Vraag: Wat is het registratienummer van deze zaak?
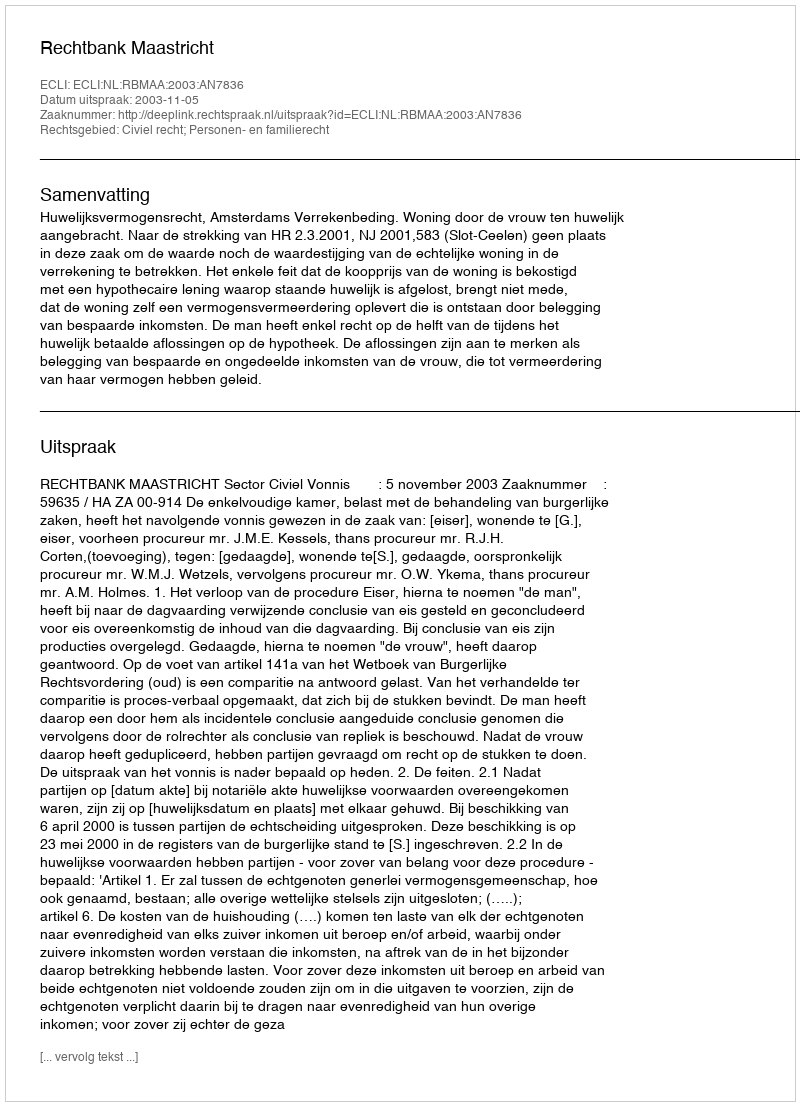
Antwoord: http://deeplink.rechtspraak.nl/uitspraak?id=ECLI:NL:RBMAA:2003:AN7836